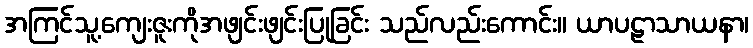
အကြင်သူ့ကျေးဇူးကိုအဖျင်းဖျင်းပြုခြင်း သည်လည်းကောင်း။ ယာပဠာသာယနာ၊